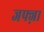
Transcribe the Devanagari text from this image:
जफ्ज़ा